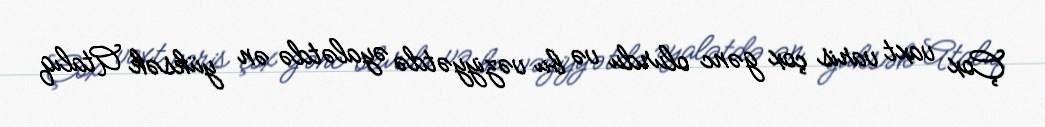
Çox vaxt varis çox gənc olurdu və bu vəziyyətdə əyalətdə ən yüksək Atalıq